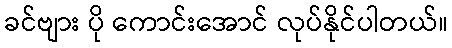
ခင်ဗျား ပို ကောင်းအောင် လုပ်နိုင်ပါတယ်။